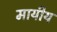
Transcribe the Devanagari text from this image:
मायीय